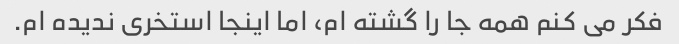
فکر می کنم همه جا را گشته ام، اما اینجا استخری ندیده ام.